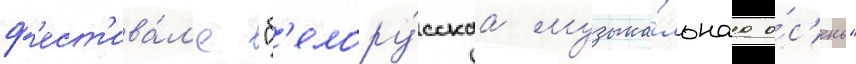
ф'ест'ива́л'е "б'елору́сскаа музыка́льнаа о́с'ень"